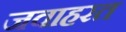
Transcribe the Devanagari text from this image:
जवाहरत